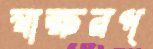
স্বাক্ষরপ্